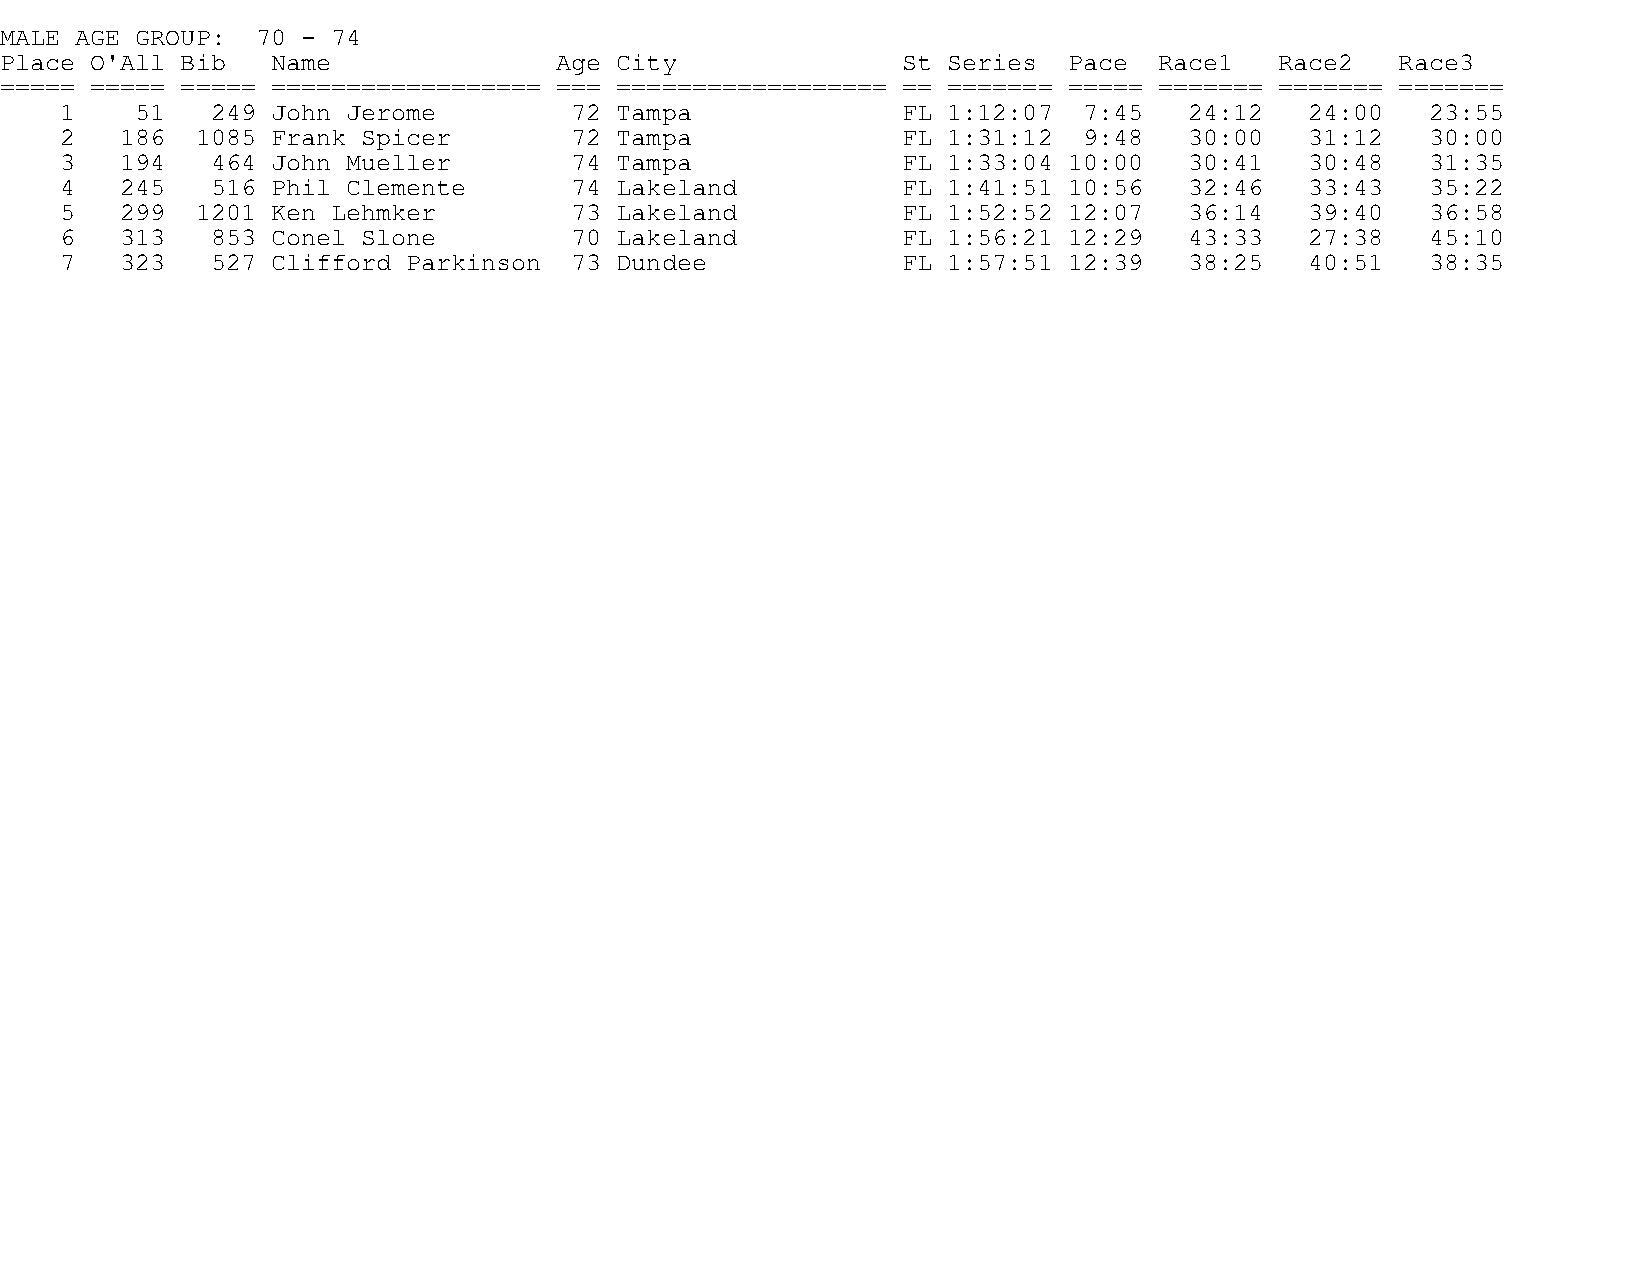
MALE AGE GROUP:  70 - 74
 Place O'All Bib   Name               Age City               St Series  Pace  Race1   Race2   Race3
 ===== ===== ===== ================== === ================== == ======= ===== ======= ======= =======
 1    51   249 John Jerome         72 Tampa              FL 1:12:07  7:45   24:12   24:00   23:55
 2   186  1085 Frank Spicer        72 Tampa              FL 1:31:12  9:48   30:00   31:12   30:00
 3   194   464 John Mueller        74 Tampa              FL 1:33:04 10:00   30:41   30:48   31:35
 4   245   516 Phil Clemente       74 Lakeland           FL 1:41:51 10:56   32:46   33:43   35:22
 5   299  1201 Ken Lehmker         73 Lakeland           FL 1:52:52 12:07   36:14   39:40   36:58
 6   313   853 Conel Slone         70 Lakeland           FL 1:56:21 12:29   43:33   27:38   45:10
 7   323   527 Clifford Parkinson  73 Dundee             FL 1:57:51 12:39   38:25   40:51   38:35